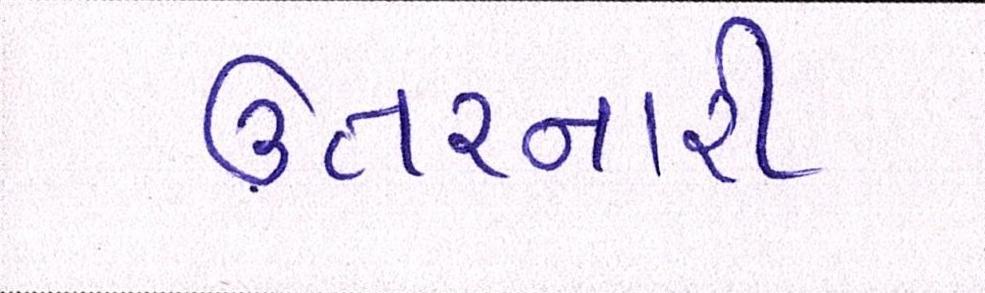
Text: ઊતરનારી